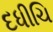
દધીચિ